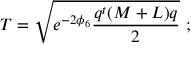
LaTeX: T = \sqrt { e ^ { - 2 \phi _ { 6 } } \frac { q ^ { t } ( M + L ) q } { 2 } } \ ;